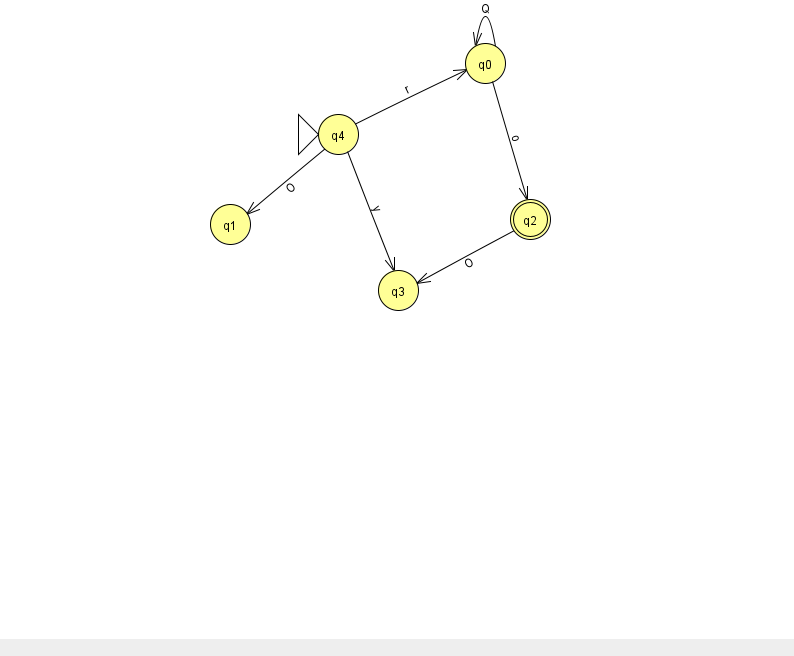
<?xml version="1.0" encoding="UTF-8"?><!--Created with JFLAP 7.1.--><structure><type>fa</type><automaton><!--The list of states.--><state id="0" name="q0"><x>485.0</x><y>50.0</y></state><state id="1" name="q1"><x>230.0</x><y>211.0</y></state><state id="2" name="q2"><x>530.0</x><y>206.0</y><final/></state><state id="3" name="q3"><x>398.0</x><y>277.0</y></state><state id="4" name="q4"><x>338.0</x><y>121.0</y><initial/></state><!--The list of transitions.--><transition><from>0</from><to>0</to><read>Q</read></transition><transition><from>4</from><to>3</to><read>y</read></transition><transition><from>4</from><to>0</to><read>r</read></transition><transition><from>2</from><to>3</to><read>O</read></transition><transition><from>4</from><to>1</to><read>O</read></transition><transition><from>0</from><to>2</to><read>o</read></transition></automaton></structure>